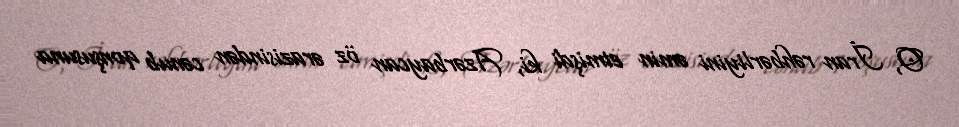
O, İran rəhbərliyini əmin etmişdi ki, Azərbaycan öz ərazisindən cənub qonşusuna